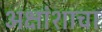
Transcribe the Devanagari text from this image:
अक्षांशाचा